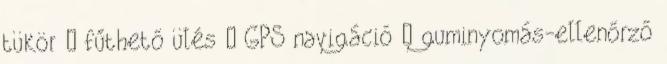
tükör – fűthető ülés – GPS navigáció – guminyomás-ellenőrző